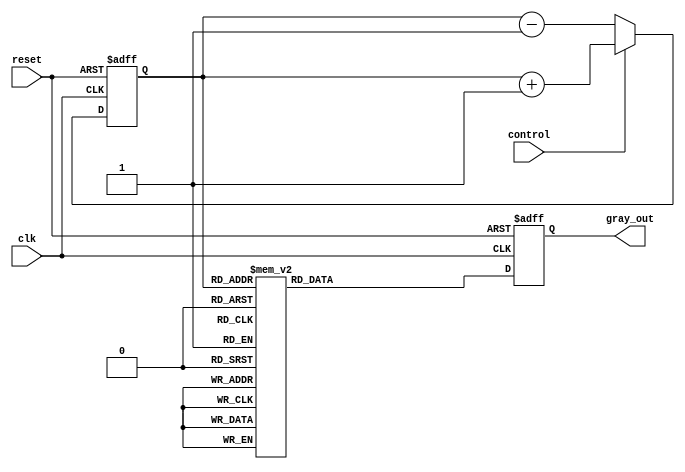
module gray_counter (
    input wire clk,
    input wire reset,
    input wire control,
    output wire [3:0] gray_out
);

reg [3:0] binary_count;
reg [3:0] gray_out_reg;

always @(posedge clk or posedge reset) begin
    if (reset) begin
        binary_count <= 4'b0000;
        gray_out_reg <= 4'b0000;
    end else begin
        if (control) begin
            binary_count <= binary_count + 1;
        end else begin
            binary_count <= binary_count - 1;
        end
        
        // Convert to Gray code
        case (binary_count)
            4'b0000: gray_out_reg <= 4'b0000;
            4'b0001: gray_out_reg <= 4'b0001;
            4'b0011: gray_out_reg <= 4'b0010;
            4'b0010: gray_out_reg <= 4'b0011;
            4'b0110: gray_out_reg <= 4'b0100;
            4'b0111: gray_out_reg <= 4'b0101;
            4'b0101: gray_out_reg <= 4'b0110;
            4'b0100: gray_out_reg <= 4'b0111;
            4'b1100: gray_out_reg <= 4'b1000;
            4'b1101: gray_out_reg <= 4'b1001;
            4'b1111: gray_out_reg <= 4'b1010;
            4'b1110: gray_out_reg <= 4'b1011;
            4'b1010: gray_out_reg <= 4'b1100;
            4'b1011: gray_out_reg <= 4'b1101;
            4'b1001: gray_out_reg <= 4'b1110;
            4'b1000: gray_out_reg <= 4'b1111;
        endcase
    end
end

assign gray_out = gray_out_reg;

endmodule